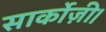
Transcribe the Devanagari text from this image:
सार्कोज़ी।